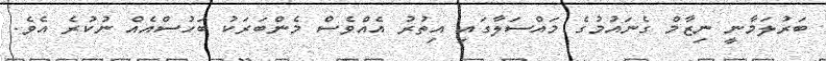
ބަރުލަމާނީ ނިޒާމް ގެނައުމުގެ މައްސަލާގައި އިތުރު އެއްވެސް މެންބަރަކު ބަހުސްއެއް ނުކުރެ އެވެ.